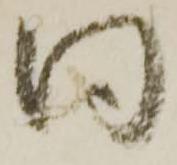
同